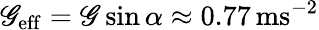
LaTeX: \mathscr{G}_{\mathrm{{eff}}}=\mathscr{G}\sin\alpha\approx0.77\, \textup{{ms}}^{-2}